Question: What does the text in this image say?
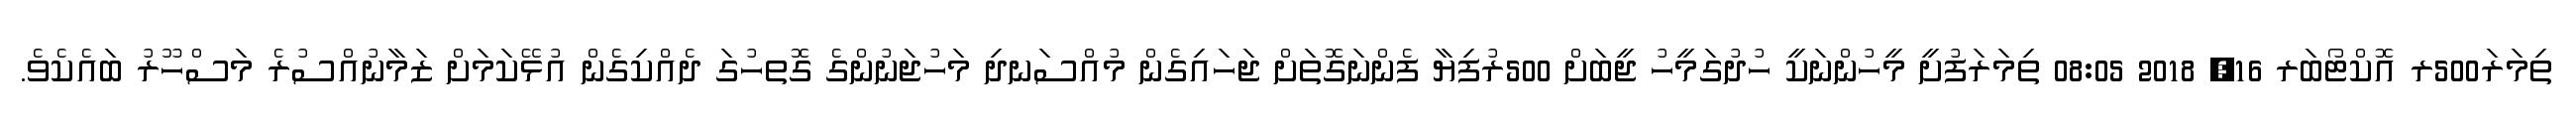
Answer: ތިމަރަ500ރ އޮކްޓޯބަރ 16, 2018 08:05 ތިމަރަފުށީ މީހުންނަކީ ހުދުގަމީހު ޖީބަށް 500ރުފިޔާ ފެންނަގޮތަށް ޖަހައިގެން މުއްސަނދި މަހުޖަނުންގެ ގޮތހުގަ ދެއްކިގެން އުޅޭކަމަށް ޒަމާނުއްސުރެ މަސްހޫރު ބައެކެވެ.